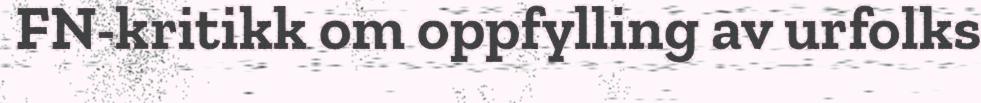
FN-kritikk om oppfylling av urfolks